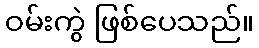
ဝမ်းကွဲ ဖြစ်ပေသည်။